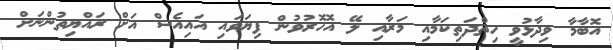
އޮބާމާ ވިދާޅުވީ ހިތްދަތިކަމާއި މަރާއި ލޭ އޮހޮރުވުން ފިޔަވައި އައިއެސް އަށް ރައްޔިތުންނަށް